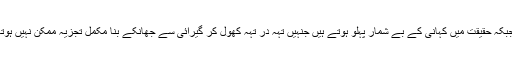
جبکہ حقیقت میں کہانی کے بے شمار پہلو ہوتے ہیں جنہیں تہہ در تہہ کھول کر گیرائی سے جھانکے بنا مکمل تجزیہ ممکن نہیں ہوتا۔